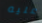
عليه